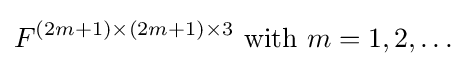
F^{(2m+1)\times (2m+1)\times 3}{\text{ with }}m=1,2,\ldots